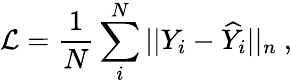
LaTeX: \mathcal{L}=\frac{1}{N}\sum_{i}^{N}||Y_{i}-\widehat{Y}_{i}||_{n}\ ,